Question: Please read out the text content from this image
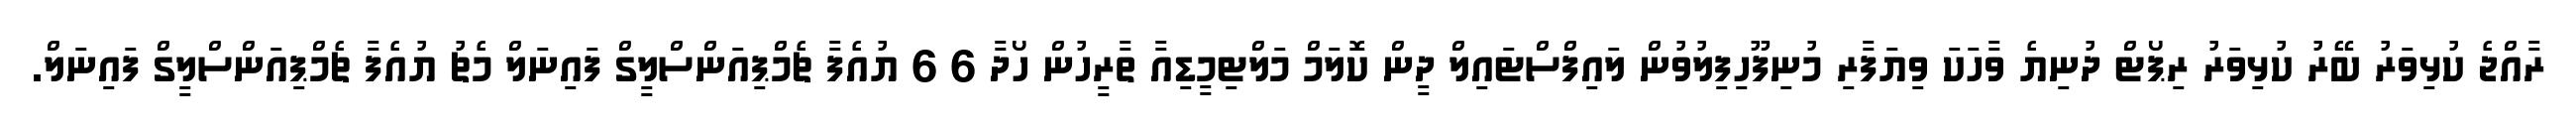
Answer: ރާއްޖެ ކުޅިވަރު ބޭރު ކުޅިވަރު ރިޕޯޓް ދުނިޔެ ވާހަކަ ވިޔަފާރި މުނިފޫހިފިލުވުން ލައިފްސްޓައިލް ދީން ކޮލަމް މަލްޓިމީޑިއާ ތާރީހުން ހޯދާ 6 6 ޔުއެފާ ޗެމްޕިއަންސްލީގް ފައިނަލް މެޗު ޔުއެފާ ޗެމްޕިއަންސްލީގް ފައިނަލް.